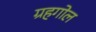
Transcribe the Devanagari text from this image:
ग्रहगोल